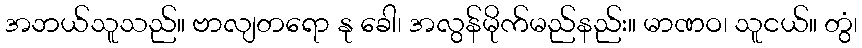
အဘယ်သူသည်။ ဗာလျတရော နု ခေါ၊ အလွန်မိုက်မည်နည်း။ မာဏဝ၊ သူငယ်။ တွံ၊